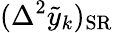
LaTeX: (\Delta^{2}\tilde{y}_{k})_{\mathrm{SR}}